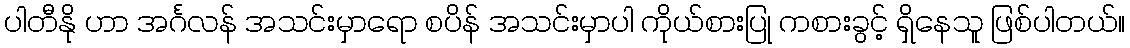
ပါတီနို ဟာ အင်္ဂလန် အသင်းမှာရော စပိန် အသင်းမှာပါ ကိုယ်စားပြု ကစားခွင့် ရှိနေသူ ဖြစ်ပါတယ်။